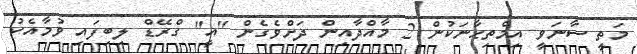
މަތީ ސާނަވީ އިމްތިޙާނަކުން 2 މާއްދާއިން ދަށްވެގެން "އީ" ގްރޭޑް ލިބިފައި ވުމާއެކު